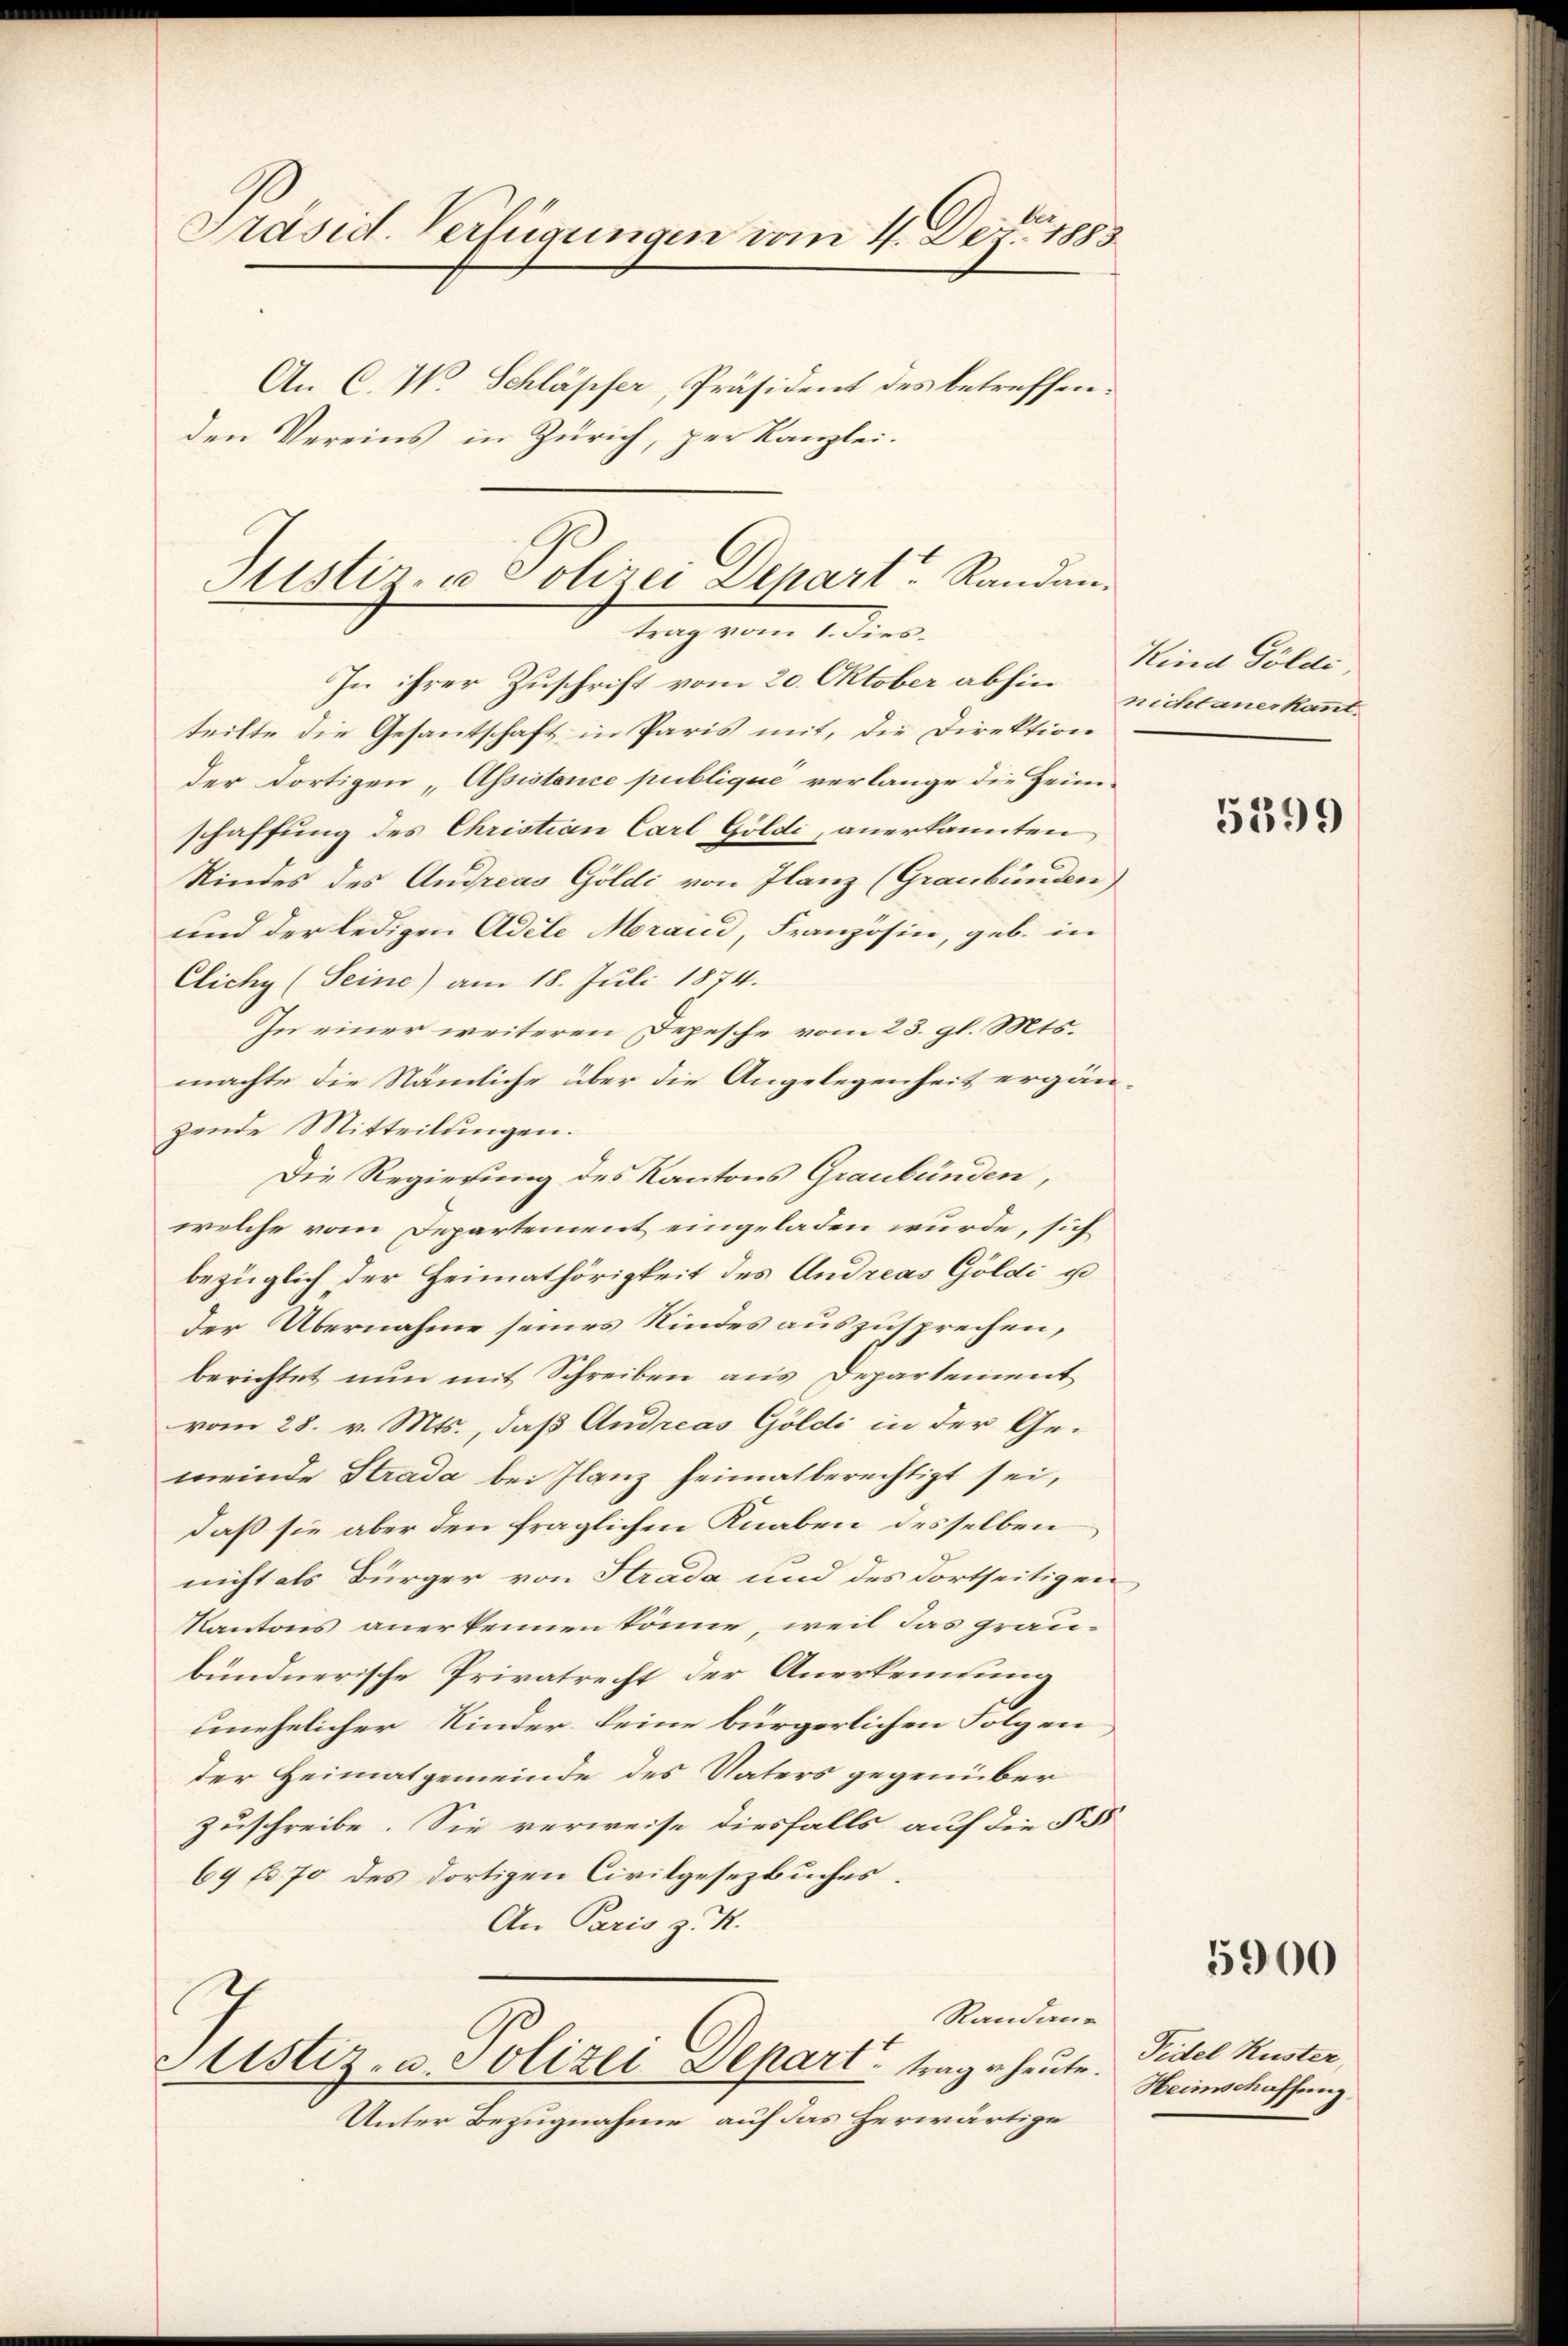
Präsid. Verfügungen vom 4. Dez. 1883
An C. W. Schläpfer, Präsident des betreffen.
den Vereins in Zürich, per Kanzlei.

teilte die Gesantschaft in Paris mit, die Direktion
der dortigen „Assistance publique verlange die Heim-
schaffung des Christian Carl Göldi, anerkannten
Kindes des Andreas Goldi von Ilanz (Graubünden
und der ledigen Adele Merand, Französin, geb. in
Clichy (Seine) am 18. Juli 1874.
In einer weiteren Depesche vom 23. gl. Mts.
machte die Nämliche über die Angelegenheit ergänzende Mitteilungen.
Die Regierung des Kantons Graubünden,
welche vom Departement eingeladen wurde, sich
bezüglich der Heimathörigkeit des Andreas Göldi u
der Übernahme seines Kindes auszusprechen,
berichtet nun mit Schreiben aus Departement
vom 28. v. Mts., daß Andreas Göldi in der Gemeinde Strada bei Ilanz heimatberechtigt sei,
daß sie aber den fraglichen Knaben desselben
nicht als Bürger von Strada und des dortseitigen,
Kantons anerkennen könne, weil das grau-
bündnerische Privatrecht der Anerkennung
unehelicher Kinder keine bürgerlichen Folgen
der Heimatgemeinde des Vaters gegenüber
zuschreibe. Sie verweise diesfalls auf die § 555
69 f. 70 des dortigen Civilgesezbuches.
An Paris z. K.
Randaue
Justiz- u. Polizei Depart trage heute.
Unter Bezugnahme auf das herwärtige

Justiz- u Polizei Depart. Randantrag vom 1. Fies¬
In ihrer Zuschrift vom 20. Oktober abhin nichtanerkannt.

Kind Sölde

5399

5900

Fidel Kuster,
Heimschaffung.